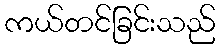
ကယ်တင်ခြင်းသည်